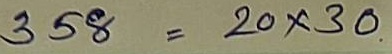
358 = 20 x 30